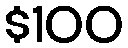
$100